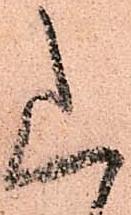
山